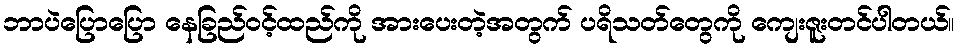
ဘာပဲပြောပြော နေခြည်ဝင့်ထည်ကို အားပေးတဲ့အတွက် ပရိသတ်တွေကို ကျေးဇူးတင်ပါတယ်။